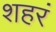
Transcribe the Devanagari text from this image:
शहरं